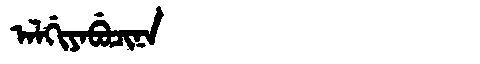
Manchu: ᠠᠯᡤᡳᠶᠠᠪᡠᠴᡳᠨᠠ
Romanization: ALGIYABUCINA